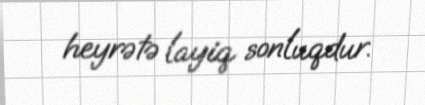
heyrətə layiq sonluqdur.